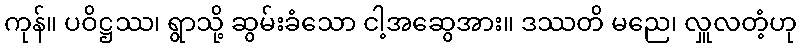
ကုန်။ ပဝိဋ္ဌဿ၊ ရွာသို့ ဆွမ်းခံသော ငါ့အဆွေအား။ ဒဿတိ မညေ၊ လှူလတံ့ဟု